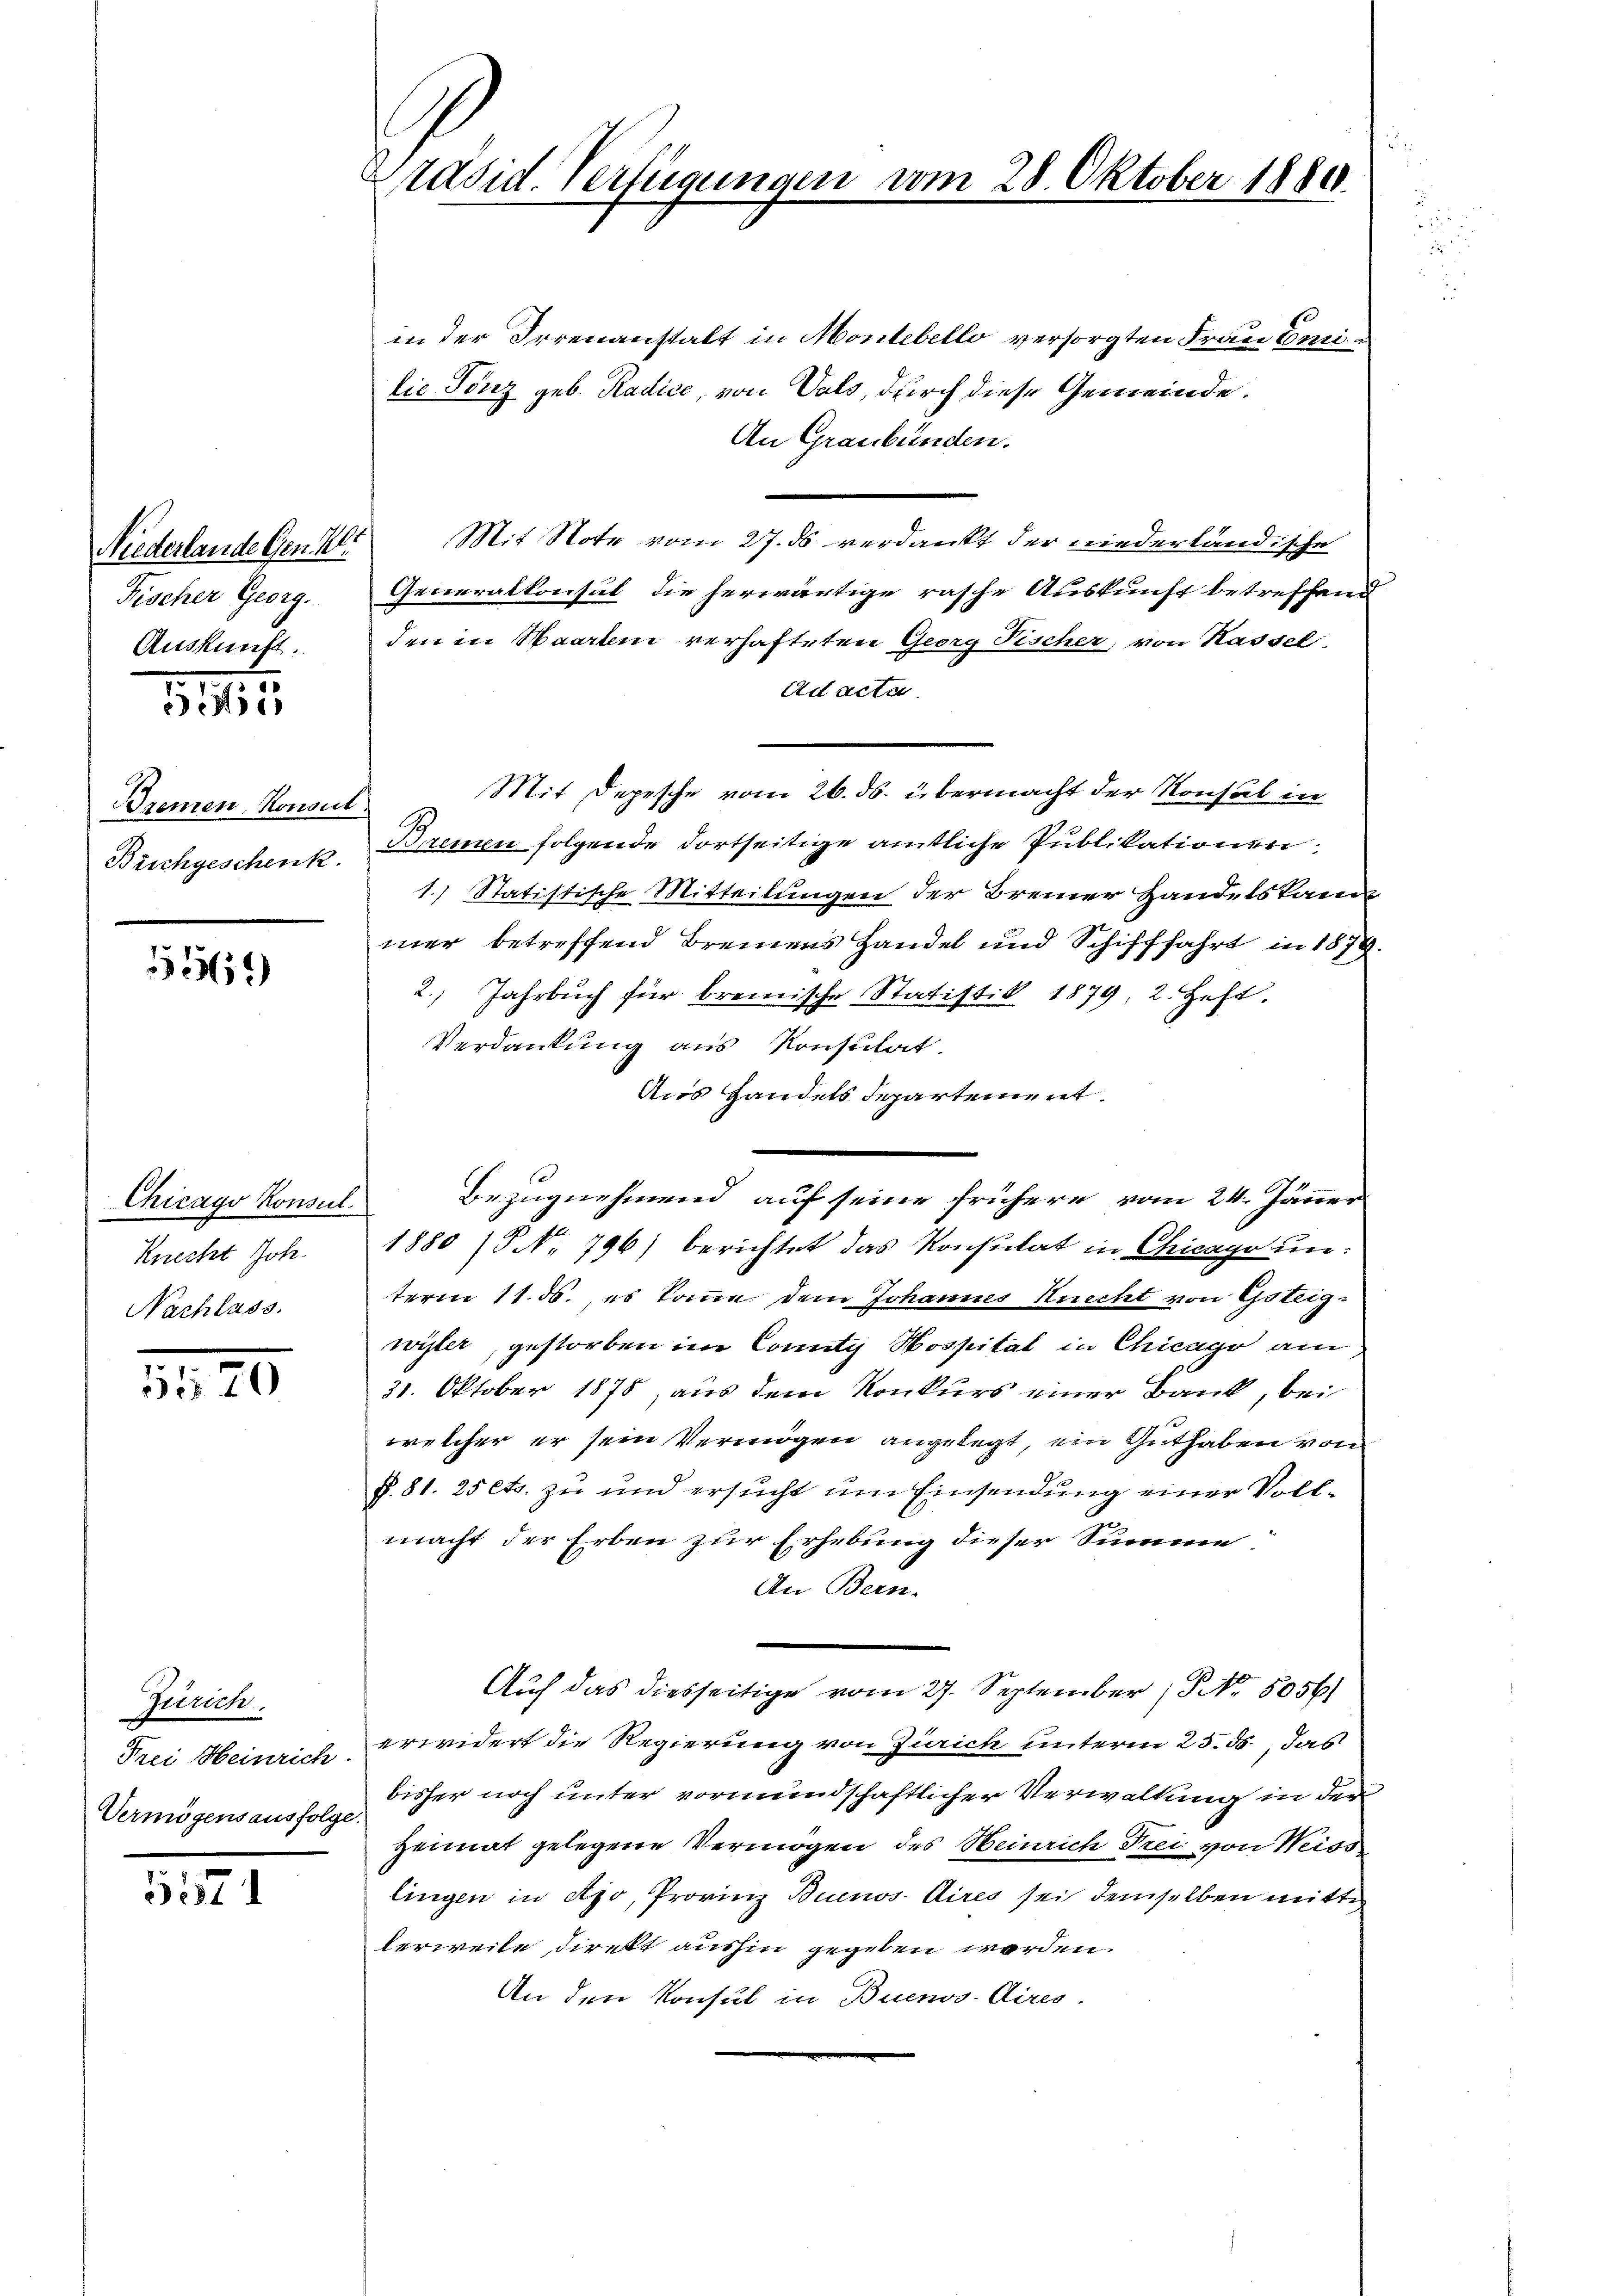
Niederlande Gen. Alt
Fischer Georg.
Auskunft.

515

Bremen Konsul
Brichgeschenk.

369

Chicago Konsul
Knecht Joh.
Nachlass.

5520

Zürich.
Frei Heinrich.
Vermögensausfolge

5571

Präsid. Verfügunger

in der Irrenanstalt in Montebello versorgten Frau Emi
lie Tonz geb. Radice, von Vals, durch diese Gemeinde.
An Graubünden.
Mit Note vom 27. ds verdankt der niederländische
Generalkonsul die herwärtige rasche Auskunft betreffend
den in Baarbene verhafteten Georg Fischer, von Kassel.
Ad acta
Mit Depesche vom 26. ds. übermacht der Konsul in
Baemen folgende dortseitige amtliche Publikationen
1.) Statistische Mitteilungen der Brenner Handelskam
mer betreffend Bremens Handel und Schifffahrt in 1879.
2. Jahrbuch für brenische Statistik 1879, 2. Heft.
Verdankung aus Konsulat
Aus Handels departement.
Bezugnehmend auf seine frühere vom 24. Jänner
1880 / No. 796) berichtet das Konsulat in Chicago unterm 11. ds., es komme dem Johannes Knecht von Gsteigwister, gestorben im County Hospital in Chicago am
31. Oktober 1878, aus dem Konkurs einer Bank, bei
welcher er sein Vermögen angelegt, ein Guthaben von
f. 81. 25 ets. zu und ersucht um Einsendung einer Vollmacht der Erben zur Erhebung dieser Summe
An Bern.
Auf das diesseitige vom 27. September, No. 5056)
erwidert die Regierung von Zürich unterm 25. ds., das
bisher noch unter vormundschaftlicher Verwaltung in der
Heimat gelegene Vermögen des Heinrich drei von Weiss
lingen in Apo, Provinz Buenos Aires sei demselben mitte
lerweile direkt aushin gegeben werden.
An den Konsul in Buenos Aires.

28. Oktober 1880.